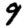
Digit: 9